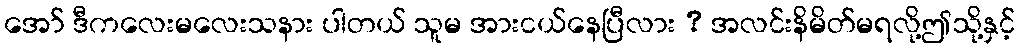
အော် ဒီကလေးမလေးသနား ပါတယ် သူမ အားငယ်နေပြီလား ? အလင်းနိမိတ်မရလို့ဤသို့နှင့်